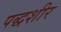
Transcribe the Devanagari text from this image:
पद्धशीर